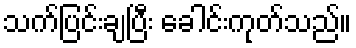
သက်ပြင်းချပြီး ခေါင်းကုတ်သည်။